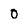
Character: 0